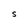
Character: S